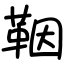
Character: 鞇